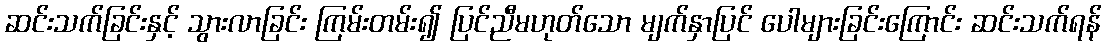
ဆင်းသက်ခြင်းနှင့် သွားလာခြင်း ကြမ်းတမ်း၍ ပြင်ညီမဟုတ်သော မျက်နှာပြင် ပေါများခြင်းကြောင်း ဆင်းသက်ရန်